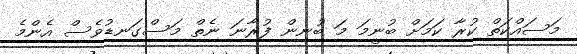
މަސައްކަތް ކުރާ ކަމަށް ބުނީމަ މަ ބުނިން ފުރާނަ ނެތް މަސްގަނޑުވެސް އެންމެ